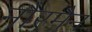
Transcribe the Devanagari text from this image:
नौरमैन